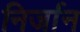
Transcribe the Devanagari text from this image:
निर्जान